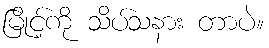
မြိုင့်ကို သိပ်သနား တာပဲ။